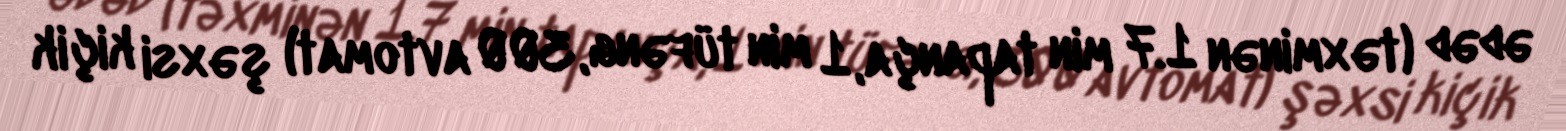
ədəd (təxminən 1.7 min tapança, 1 min tüfəng, 300 avtomat) şəxsi kiçik